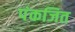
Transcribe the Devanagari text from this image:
पंकजित